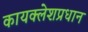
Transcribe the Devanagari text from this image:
कायक्लेशप्रधान